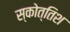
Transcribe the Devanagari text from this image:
स्कोत्तिश